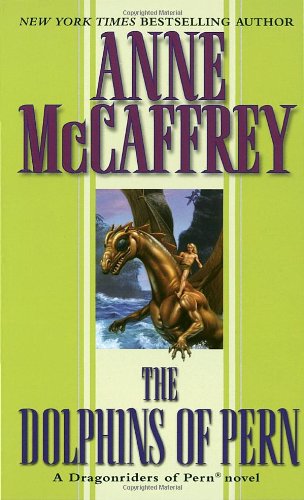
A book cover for The Dolphins of Pern (Dragonriders of Pern); Anne McCaffrey; Science Fiction & Fantasy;